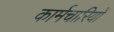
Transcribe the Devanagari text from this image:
कार्मचारियों